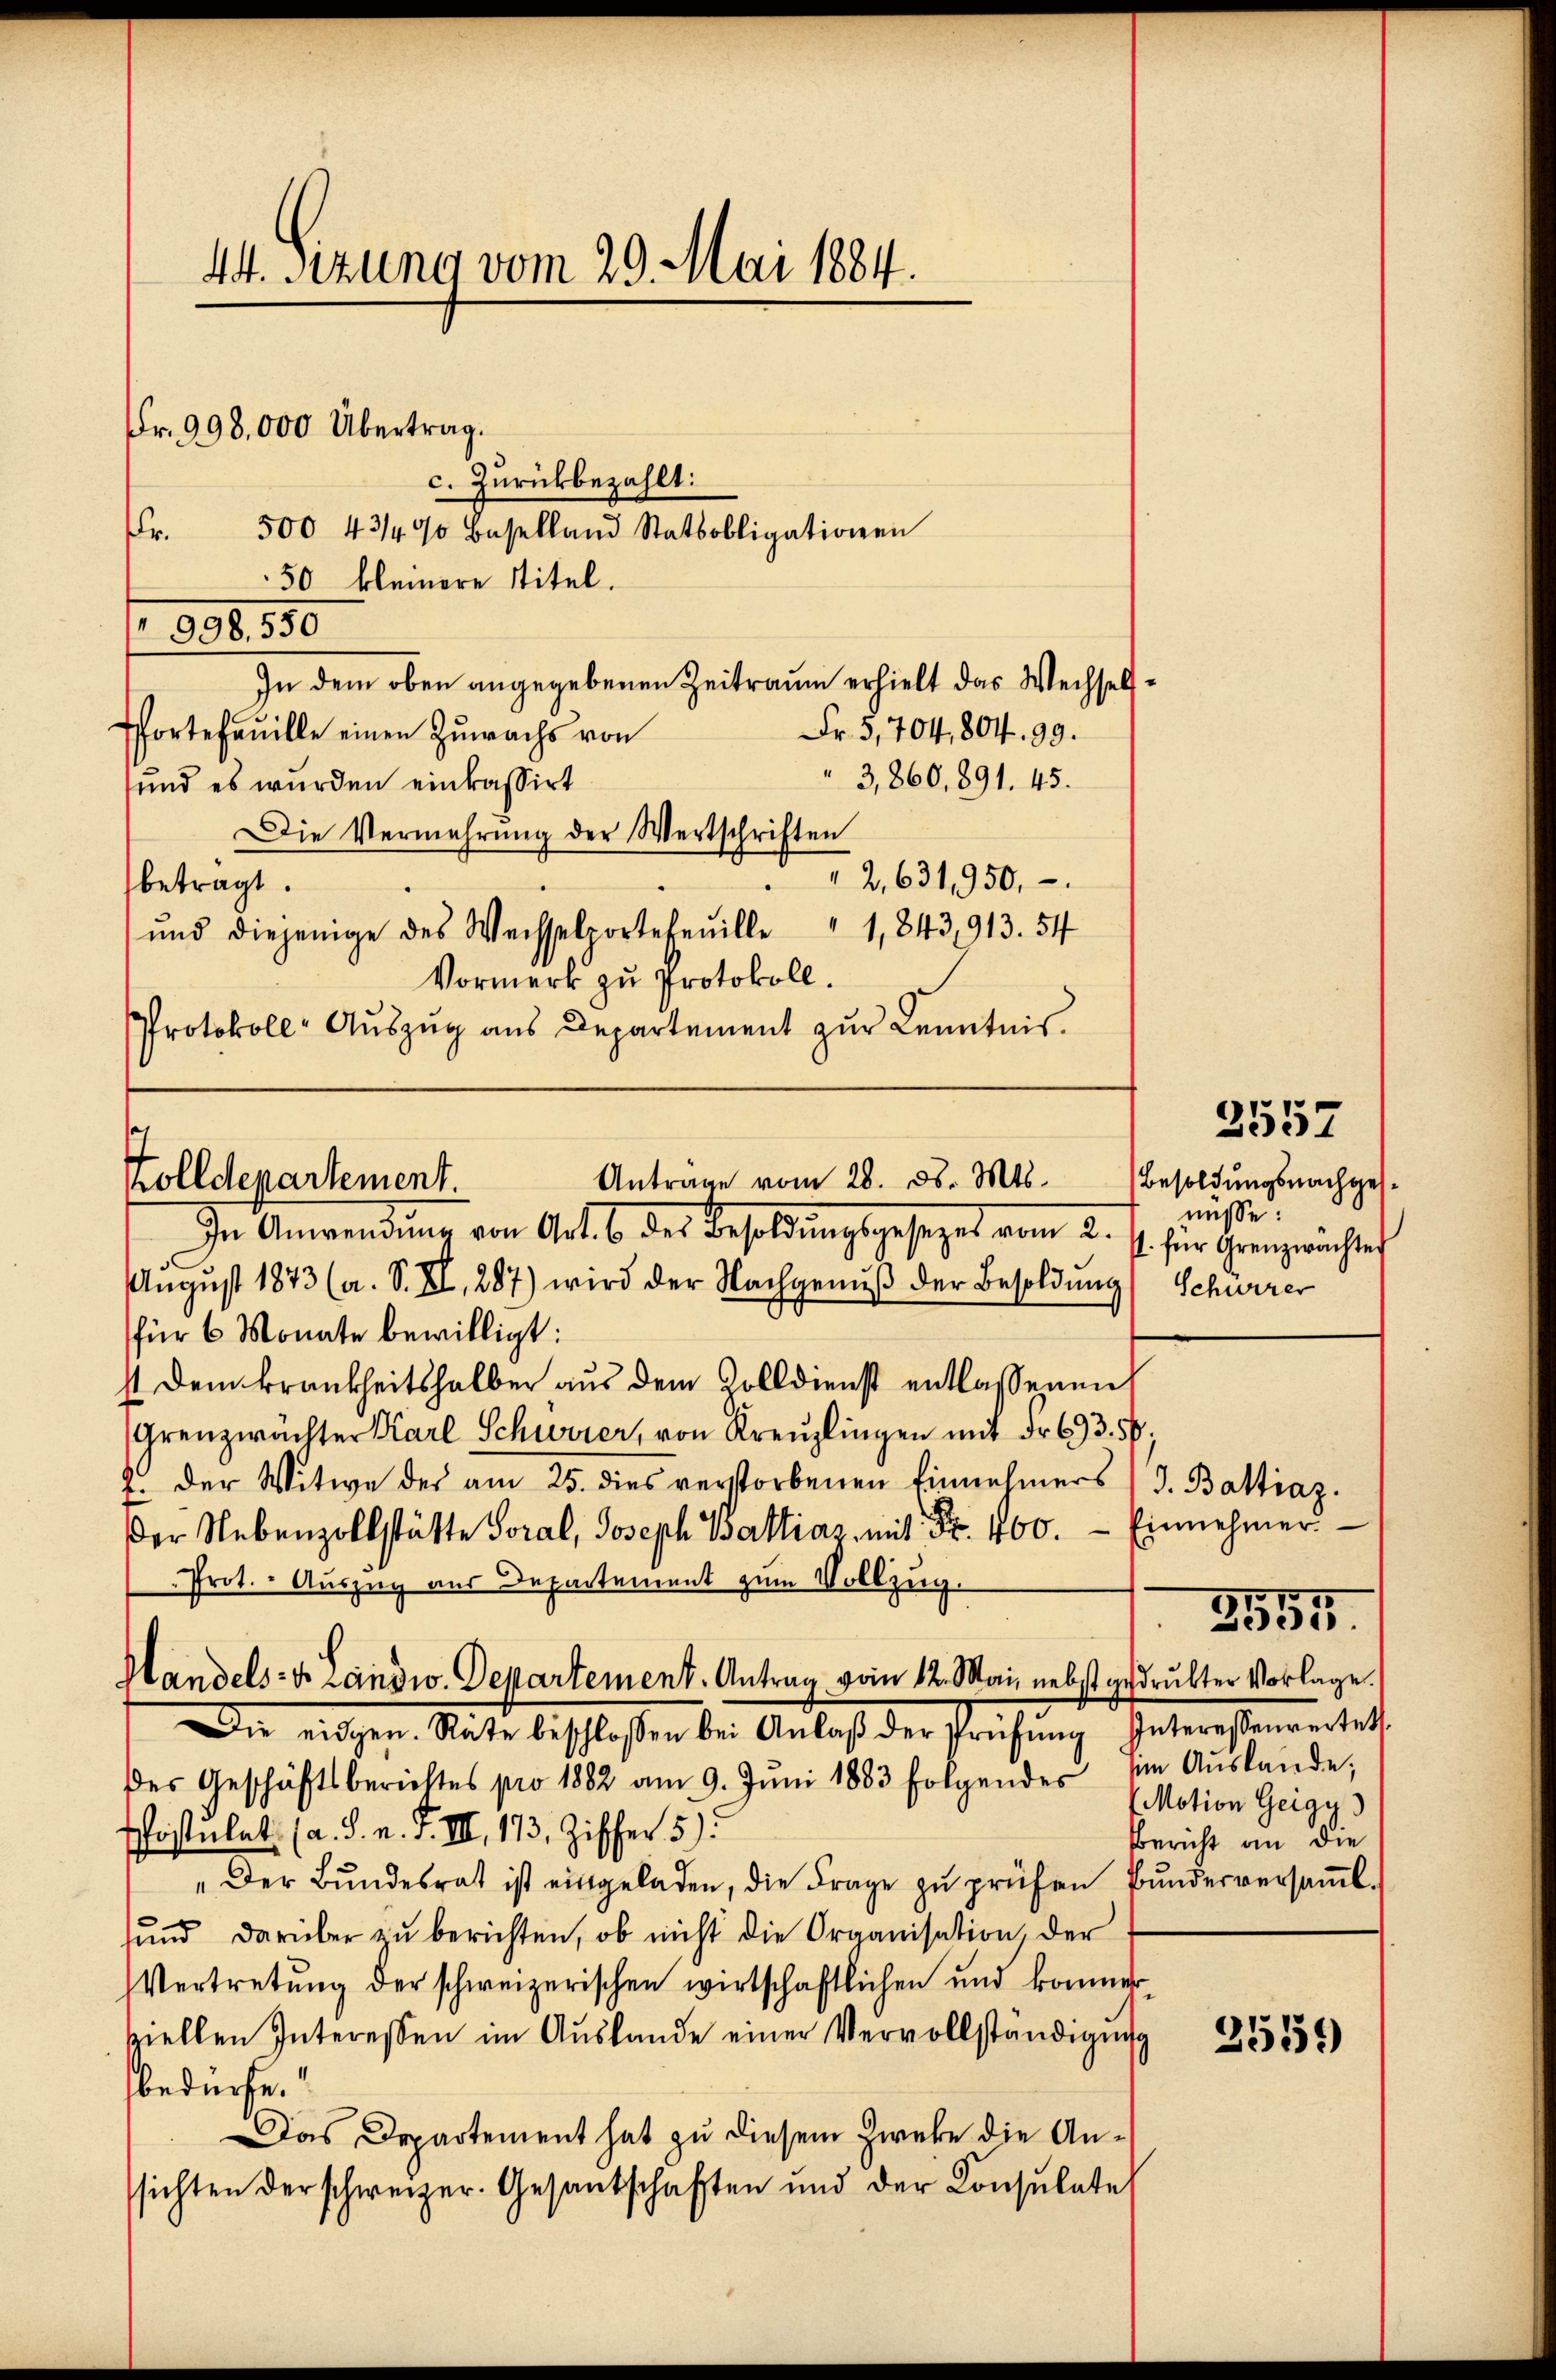
44. Sitzung vom 29. Mai 1884.

Fr. 998,000 Übertrag.
c. Zurückbezahlt:
Fr.
500 43/4% Baselland Statsobligationen
50 kleinere Titel.
In dem oben angegebenen Zeitraum erhielt das Wechsels¬
Pfortefanille einen Zuwachs von
Fr. 5, 704, 804. 99.
3,860, 891. 45.
und es wurden einkassirt
Die Vermehrŭng der Wertschriften
" 2, 631,950,
betragt.
ŭnd diejenige des Weisselportefeuille " 1,843,913. 54
Vormerk zu Protokoll.
Protokoll- Aŭszŭg aŭs Departement zŭr Kenntnis.

996. 550

e
Anträge vom 28. d. Mts.
Zolldepartement.

In Anwendŭng von Art. 6 des Besoldŭngsgesezes vom 2. s. für Grenzwachtes
August 1873 (a. S. XI, 287) wird der Nachgenuß der Besoldung, Schürrer
für 6 Monate bewilligt:
st dem Frankheitshalber aus dem Zolldienst entlassenen
Grenzwachter Karl Schwerer, von Kreuzlingen mit Fr. 693. 50;
2. der Witwe des am 25. dies verstorbenen Einnehmers J. Baltiaz.
der Nebenzollstätte Soral, Joseph Baltiaz mit Fr. 400. Einnehmer
Prot. - Auszug aus Departement zum Vollzug.
Handels- u. Landw. Departement. Antrag vom 12. Mai nebst gedrukter Vorlage.
Die eidgen. Rate beschlossen bei Anlaβ der Prüfung Interessenvertelt
des Geschäftsberichtes pro 1882 am 9. Jŭni 1883 folgendes sie Aŭslande,
Postulat (a. d. n. F. III, 173, Zischer 5).
"Der Bŭndesrat ist eingeladen, die Frage zŭ prüfen Bŭndesversaṁl-
ŭnd darüber zŭ berichten, ob nicht die Organisation, der
Vertretung der schweizerischen wirtschaftlichen und kommer
spiellen Interessen im Aŭslande einer Vervollständigŭng
bedürfe.
Das Departement hat zu diesem Zwecke die Anssichten der schweizer. Gesantschaften und der Konsulate

Besoldungsnachges.
nüsse:

3557

3555

Motion Geigy
Bericht an die

2559)